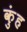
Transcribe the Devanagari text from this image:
कुंह